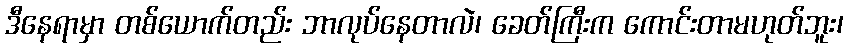
ဒီနေရာမှာ တစ်ယောက်တည်း ဘာလုပ်နေတာလဲ၊ ခေတ်ကြီးက ကောင်းတာမဟုတ်ဘူး၊